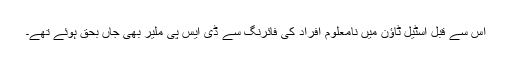
اس سے قبل اسٹیل ٹاؤن میں نامعلوم افراد کی فائرنگ سے ڈی ایس پی ملیر بھی جاں بحق ہوئے تھے۔